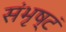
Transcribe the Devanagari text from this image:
संभृष्टं